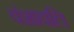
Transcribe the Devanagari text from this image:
वंशावलि